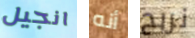
انجيل أنه نربح